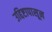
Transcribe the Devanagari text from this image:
उद्दिष्टापासून